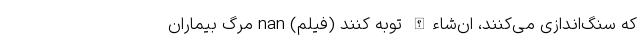
که سنگ‌اندازی می‌کنند، ان‌شاءالله توبه کنند (فیلم) nan مرگ بیماران